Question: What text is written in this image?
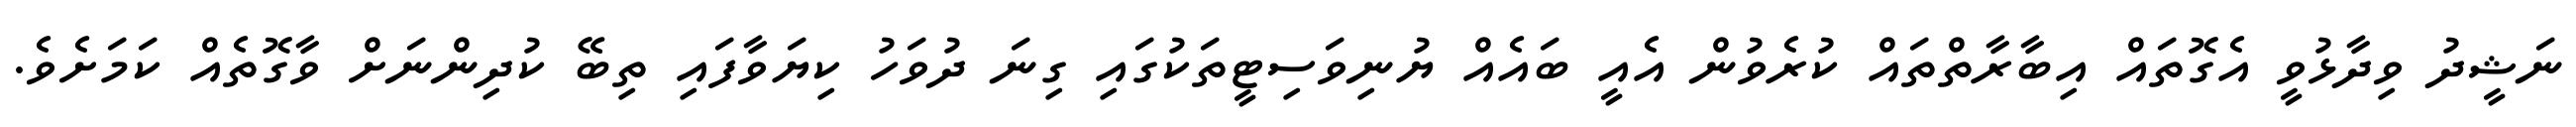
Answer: ނަޝީދު ވިދާޅުވީ އެގޮތައް އިބާރާތްތައް ކުރެވުން އެއީ ބައެއް ޔުނިވަސިޓީތަކުގައި ގިނަ ދުވަހު ކިޔަވާފައި ތިބޭ ކުދިންނަށް ވާގޮތެއް ކަމަށެވެ.